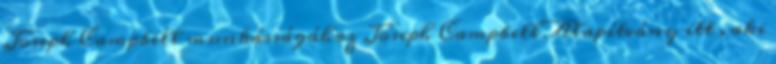
Joseph Campbell munkásságához Joseph Campbell Alapítvány itt , aki